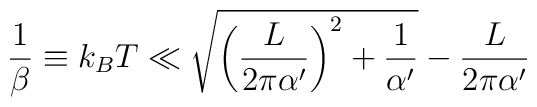
\frac{1}{\beta}\equiv k_BT\ll \sqrt{ \left(  \frac{L}{2\pi\alpha'}\right)^2+\frac{1}{\alpha'} }-\frac{L}{2\pi\alpha'}